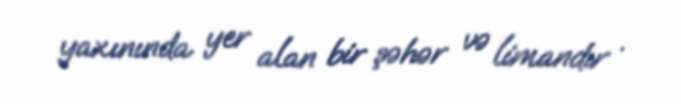
yaxınında yer alan bir şəhər və limandır .